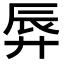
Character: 𫸚